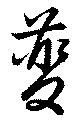
虁